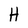
Character: H